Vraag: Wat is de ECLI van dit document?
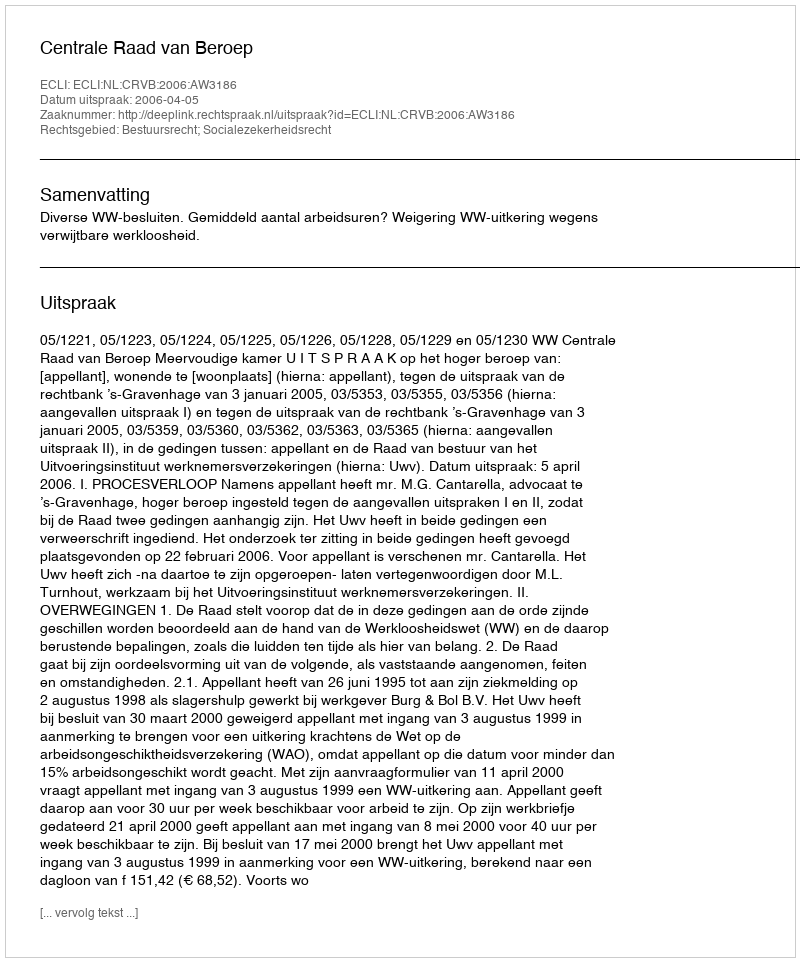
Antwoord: ECLI:NL:CRVB:2006:AW3186